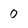
Character: 0